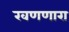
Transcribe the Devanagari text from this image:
खणणारा